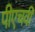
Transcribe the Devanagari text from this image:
पीएचवी